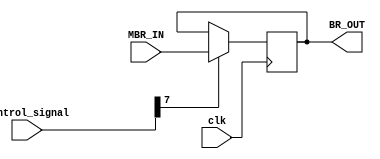
`timescale 1ns / 1ps
//////////////////////////////////////////////////////////////////////////////////
// Company: 
// Engineer: 
// 
// Design Name: 
// Module Name: BR
// Project Name: 
// Target Devices: 
// Tool Versions: 
// Description: 
// 
// Dependencies: 
// 
// Revision:
// Revision 0.01 - File Created
// Additional Comments:
// 
//////////////////////////////////////////////////////////////////////////////////


module BR(
    input clk,
    input [31:0]control_signal,
    input [15:0]MBR_IN,
    output [15:0]BR_OUT
    );

reg [15:0] BR_reg = 0;
always@(posedge clk)
    begin
        if(control_signal[7] == 1)
            BR_reg <= MBR_IN;
    end
assign BR_OUT = BR_reg;
endmodule